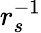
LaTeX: r_{s}^{-1}